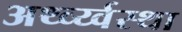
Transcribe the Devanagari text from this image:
अर्थ्व्य्वस्था